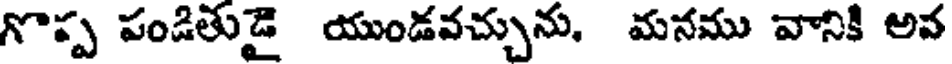
గొప్ప పండితుడై యుండవచ్చును, మనము వానికి అవ